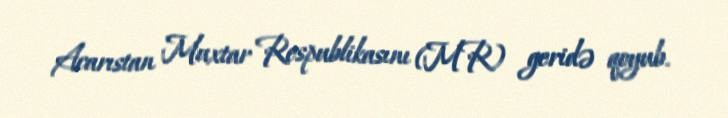
Acarıstan Muxtar Respublikasını (MR) geridə qoyub.